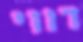
דווי